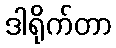
ဒါရိုက်တာ